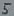
Text: 5